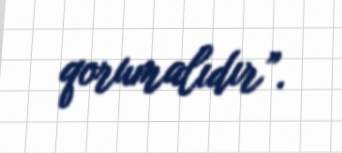
qorumalıdır”.